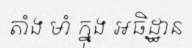
តាំង មាំ ក្នុង អធិដ្ឋាន